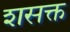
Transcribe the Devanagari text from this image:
शसक्त